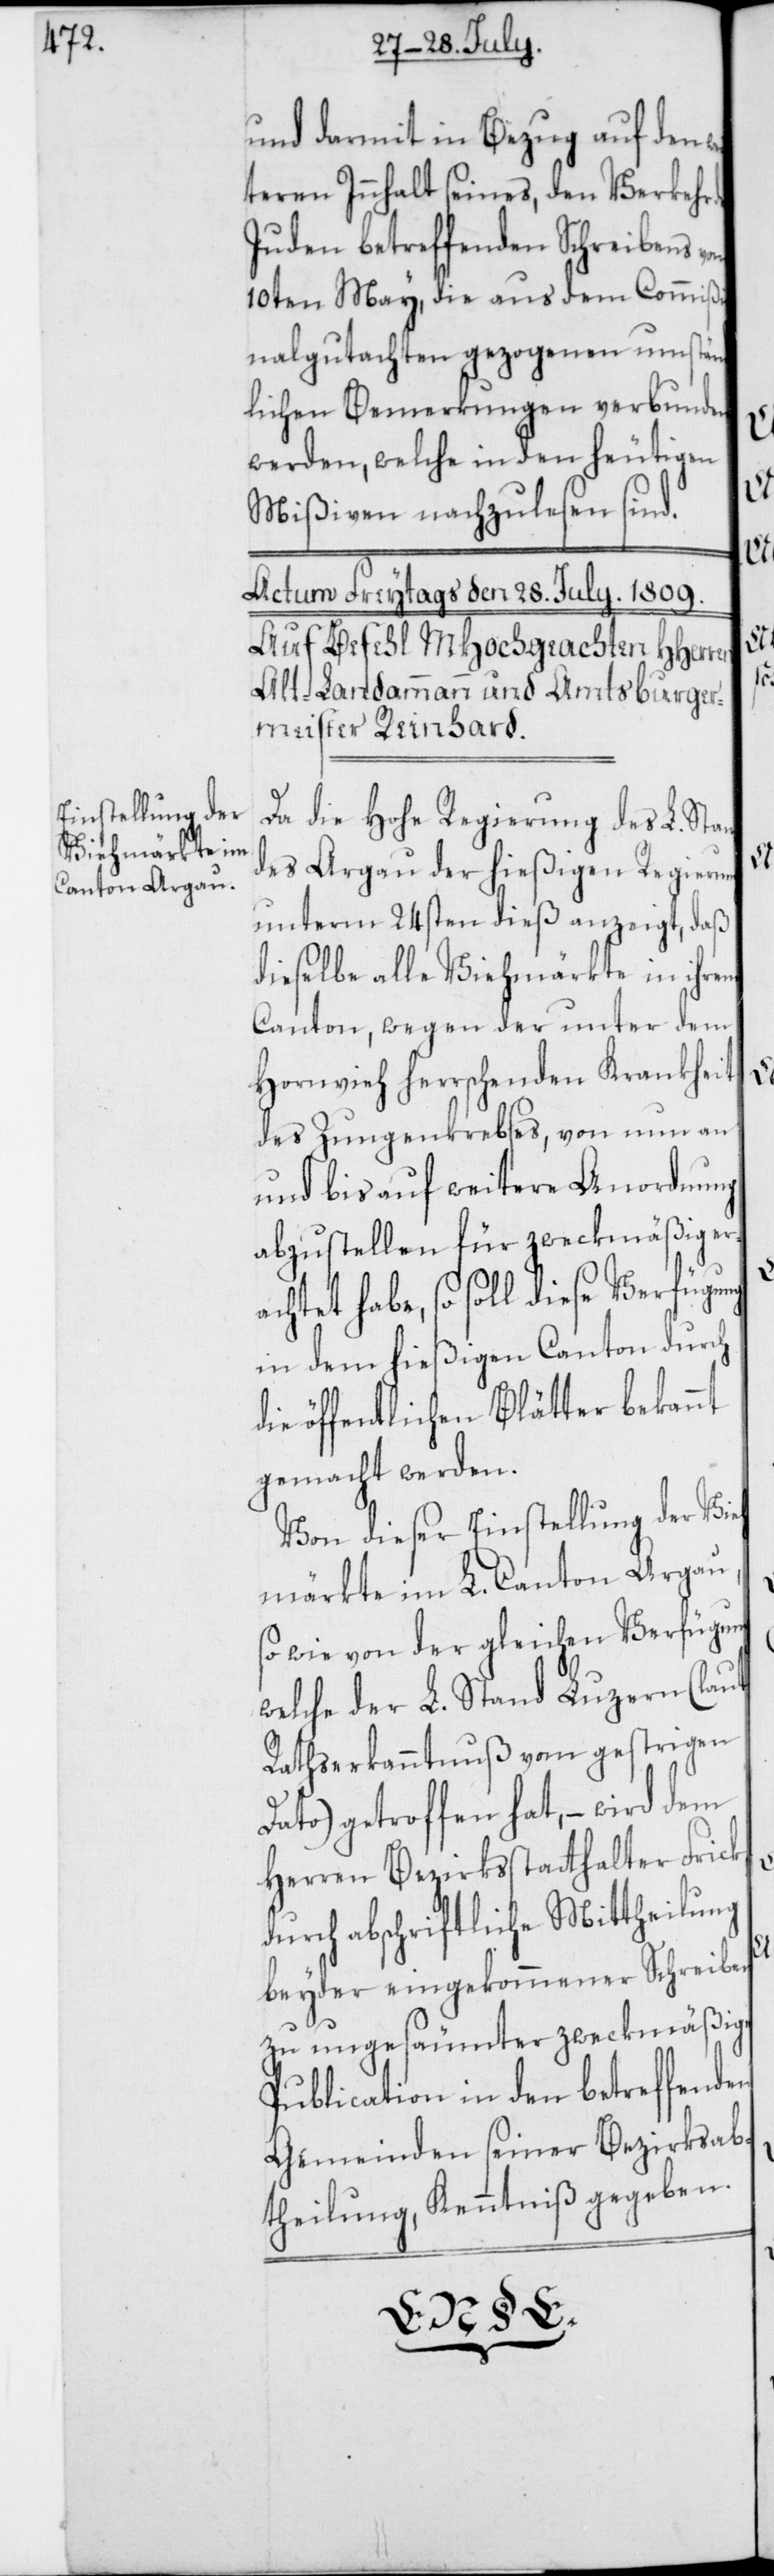
und darmit in Bezug auf den w¬
teren Innhalt seines, den Verkehr
Juden betreffenden Schreibens vom
10ten May, die aus dem Commißi¬
onalgutachten gezogenen umstän¬
dlichen Bemerkungen verbunden
werden, welche in den heutigen
Mißiven nachzulesen sind.
Da die Hohe Regierung des L. Stan¬
des Argau der hießigen Regierung
unterm 24sten dieß anzeigt, daß
dieselbe alle Viehmärkte in ihrem
Canton, wegen der unter dem
Hornvieh herrschenden Krankheit
des Zungenkrebses, von nun an
und bis auf weitere Anordnung
abzustellen für zweckmäßig er¬
achtet habe, so soll diese Verfügung
in dem hießigen Canton durch
die öffentlichen Blätter bekannt
gemacht werden.
Von dieser Einstellung der Vie¬
hmärkte im L. Canton Argau,
sowie von der gleichen Verfügung
welche der L. Stand Luzern (laut
Rathserkanntnuß vom gestrigen
Dato) getroffen hat, – wird dem
Herren Bezirksstatthalter Frick
beyder eingekommener Schreiben
zu ungesäumter zweckmäßiger
Publication in den betreffenden
Gemeinden seiner Bezirksab¬
theilung, Kenntniß gegeben.

ei¬